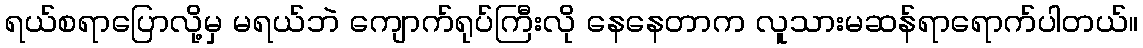
ရယ်စရာပြောလို့မှ မရယ်ဘဲ ကျောက်ရုပ်ကြီးလို နေနေတာက လူသားမဆန်ရာရောက်ပါတယ်။